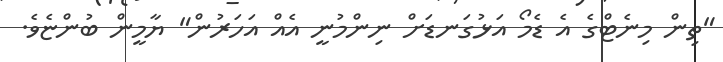
"ތިން މިނެޓްގެ އެ ޑެމޯ އަޅުގަނޑަށް ނިންމުނީ އެއް އަހަރުން" ޔާމީން ބުންޏެވެ.